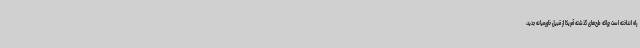
راه انداخته است چراکه طرح‌های گذشته آمریکا از قبیل خاورمیانه جدید،